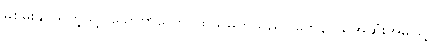
မစွမ်းနိုင်သကဲ့သို့။ သောဗာလော၊ ထိုသူမိုက်သည်။ တေန၊ ထိုအဆုံးအမဖြင့်။